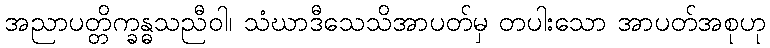
အညာပတ္တိက္ခန္ဓသညီဝါ၊ သံဃာဒီသေသိအာပတ်မှ တပါးသော အာပတ်အစုဟု